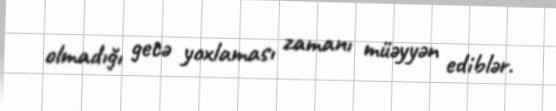
olmadığı gecə yoxlaması zamanı müəyyən ediblər.